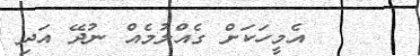
އެމީހަކަށް ގެއްލުމެއް ނުދޭ އަދި